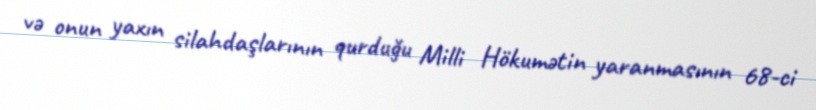
və onun yaxın silahdaşlarının qurduğu Milli Hökumətin yaranmasının 68-ci